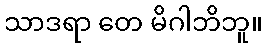
သာဒရာ တေ မိဂါဘိဘူ။